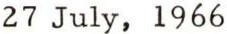
27 July, 1966